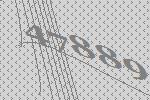
47889